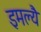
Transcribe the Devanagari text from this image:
इमल्यै